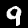
Label: 9